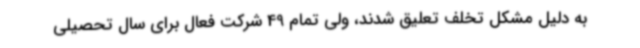
به دلیل مشکل تخلف تعلیق شدند، ولی تمام 49 شرکت فعال برای سال تحصیلی